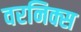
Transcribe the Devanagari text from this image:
वरनिक्स